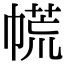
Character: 㡛